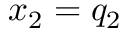
x _ { 2 } = q _ { 2 }